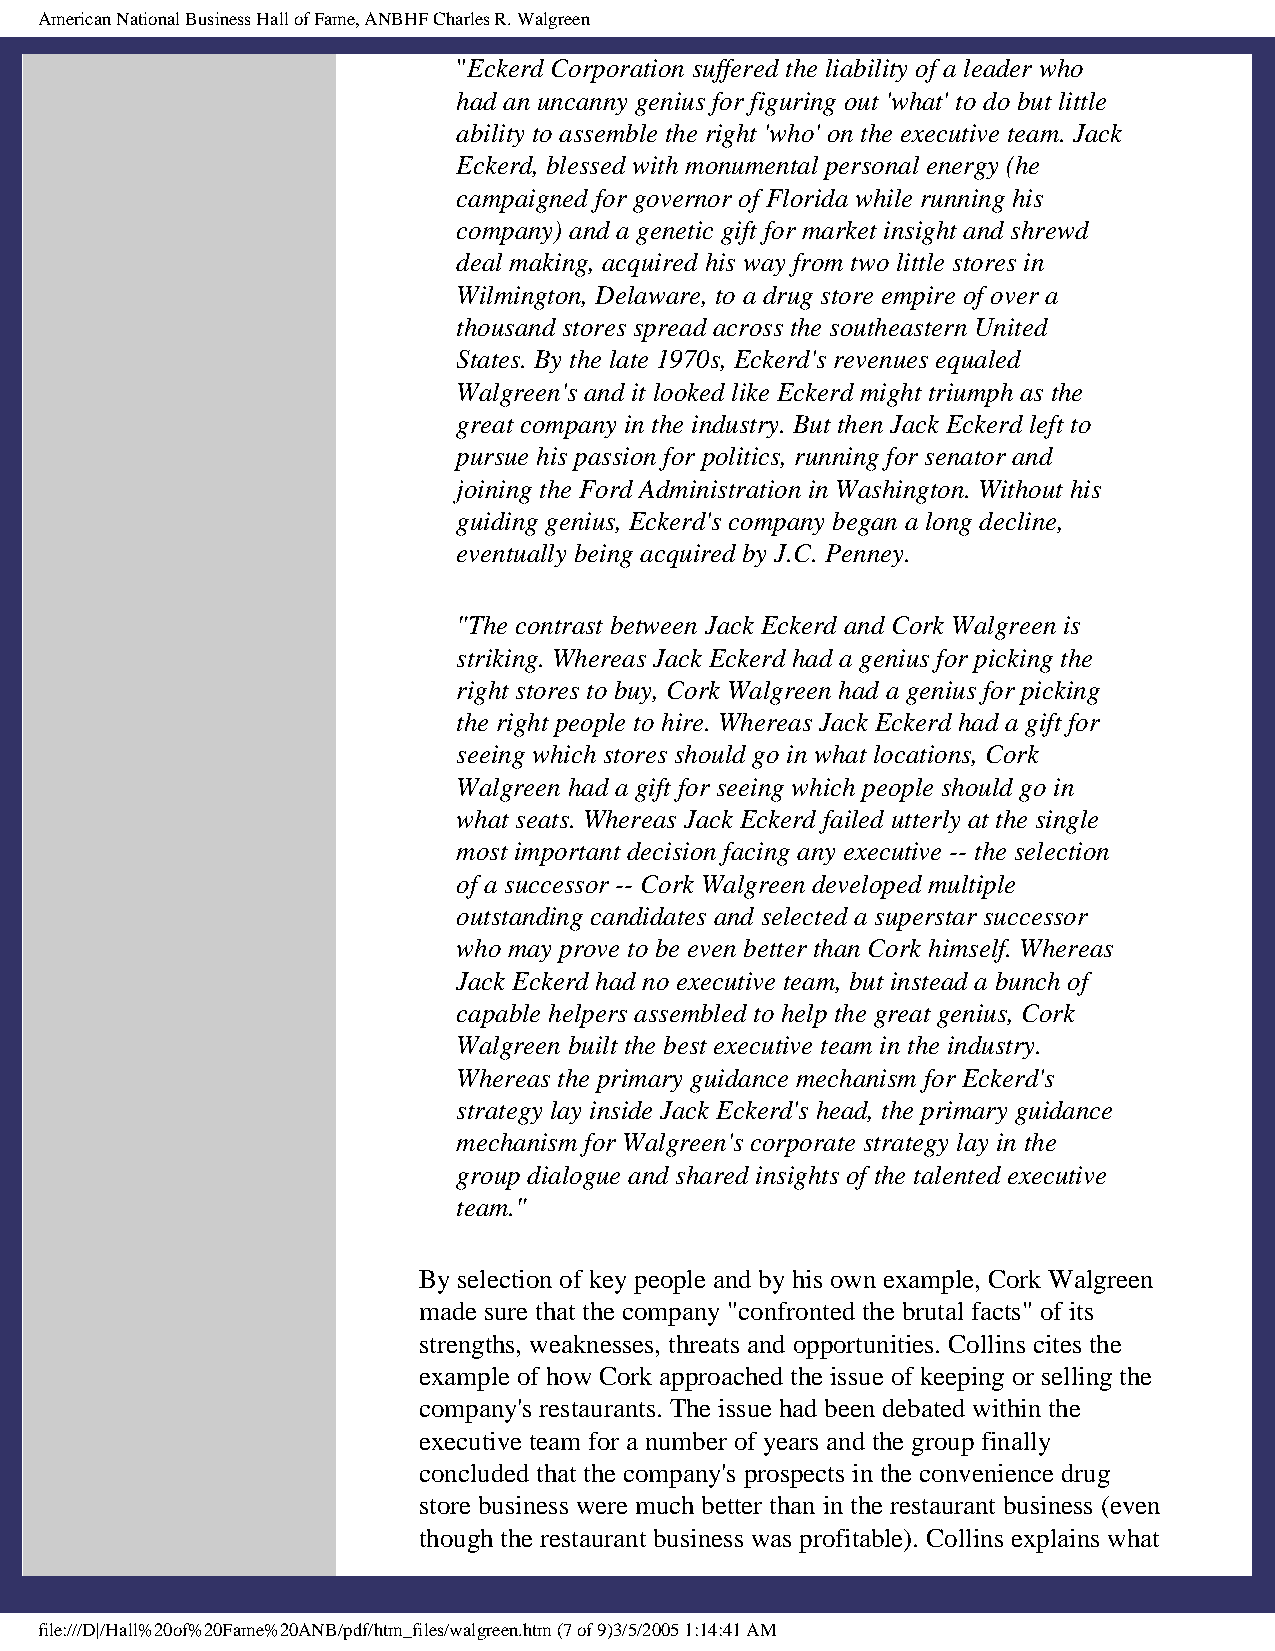
American National Business Hall of Fame, ANBHF Charles R. Walgreen
 "Eckerd Corporation suffered the liability of a leader who
 had an uncanny genius for figuring out 'what' to do but little
 ability to assemble the right 'who' on the executive team. Jack
 Eckerd, blessed with monumental personal energy (he
 campaigned for governor of Florida while running his
 company) and a genetic gift for market insight and shrewd
 deal making, acquired his way from two little stores in
 Wilmington, Delaware, to a drug store empire of over a
 thousand stores spread across the southeastern United
 States. By the late 1970s, Eckerd's revenues equaled
 Walgreen's and it looked like Eckerd might triumph as the
 great company in the industry. But then Jack Eckerd left to
 pursue his passion for politics, running for senator and
 joining the Ford Administration in Washington. Without his
 guiding genius, Eckerd's company began a long decline,
 eventually being acquired by J.C. Penney.
 "The contrast between Jack Eckerd and Cork Walgreen is
 striking. Whereas Jack Eckerd had a genius for picking the
 right stores to buy, Cork Walgreen had a genius for picking
 the right people to hire. Whereas Jack Eckerd had a gift for
 seeing which stores should go in what locations, Cork
 Walgreen had a gift for seeing which people should go in
 what seats. Whereas Jack Eckerd failed utterly at the single
 most important decision facing any executive -- the selection
 of a successor -- Cork Walgreen developed multiple
 outstanding candidates and selected a superstar successor
 who may prove to be even better than Cork himself. Whereas
 Jack Eckerd had no executive team, but instead a bunch of
 capable helpers assembled to help the great genius, Cork
 Walgreen built the best executive team in the industry.
 Whereas the primary guidance mechanism for Eckerd's
 strategy lay inside Jack Eckerd's head, the primary guidance
 mechanism for Walgreen's corporate strategy lay in the
 group dialogue and shared insights of the talented executive
 team."
 By selection of key people and by his own example, Cork Walgreen
 made sure that the company "confronted the brutal facts" of its
 strengths, weaknesses, threats and opportunities. Collins cites the
 example of how Cork approached the issue of keeping or selling the
 company's restaurants. The issue had been debated within the
 executive team for a number of years and the group finally
 concluded that the company's prospects in the convenience drug
 store business were much better than in the restaurant business (even
 though the restaurant business was profitable). Collins explains what
 file:///D|/Hall%20of%20Fame%20ANB/pdf/htm_files/walgreen.htm (7 of 9)3/5/2005 1:14:41 AM